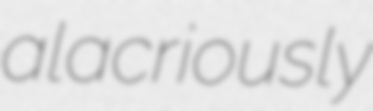
alacriously